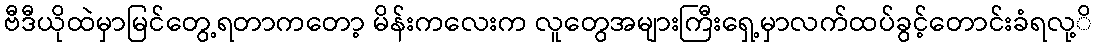
ဗီဒီယိုထဲမှာမြင်တွေ့ရတာကတော့ မိန်းကလေးက လူတွေအများကြီးရှေ့မှာလက်ထပ်ခွင့်တောင်းခံရလု့ိ